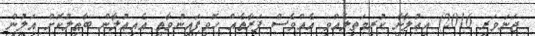
ޖަނަވަރީ 2016) އިޢުލާނާ ކުރިމަތިލެއްވި އެއްވެސް ފަރާތެއް ހޮވިފައިނުވާތީ އެއިޢުލާން ބާޠިލުކޮށް އަލުން